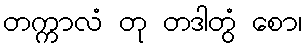
တက္ကာလံ တု တဒါတွံ စော၊